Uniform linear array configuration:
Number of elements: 48
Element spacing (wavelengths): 0.5
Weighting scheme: binomial
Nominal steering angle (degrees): -60
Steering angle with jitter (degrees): -59.203
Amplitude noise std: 0.05
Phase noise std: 0.05

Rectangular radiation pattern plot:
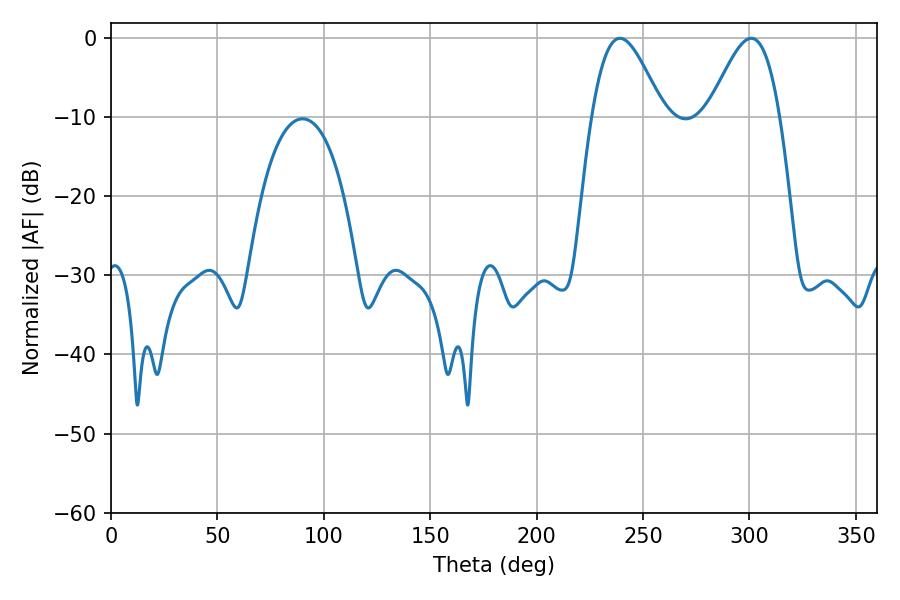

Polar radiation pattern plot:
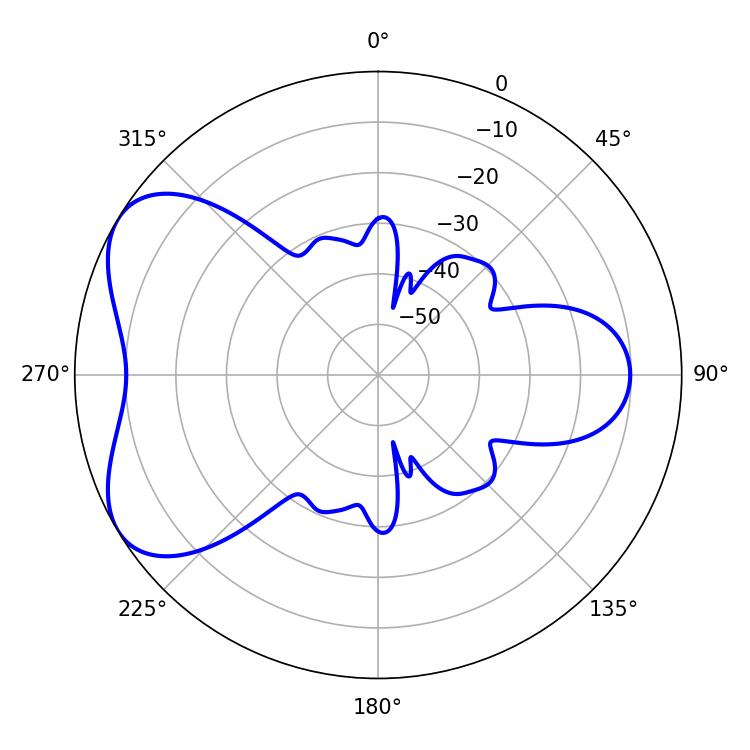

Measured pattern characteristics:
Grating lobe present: FALSE
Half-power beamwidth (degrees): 17.82
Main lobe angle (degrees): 300.78